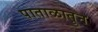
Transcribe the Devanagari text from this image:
पाताळातून